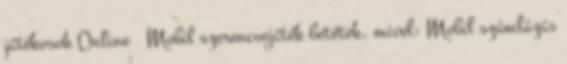
játékosok Online Mobil szerencsejáték betétek, mivel: Mobil számlázás